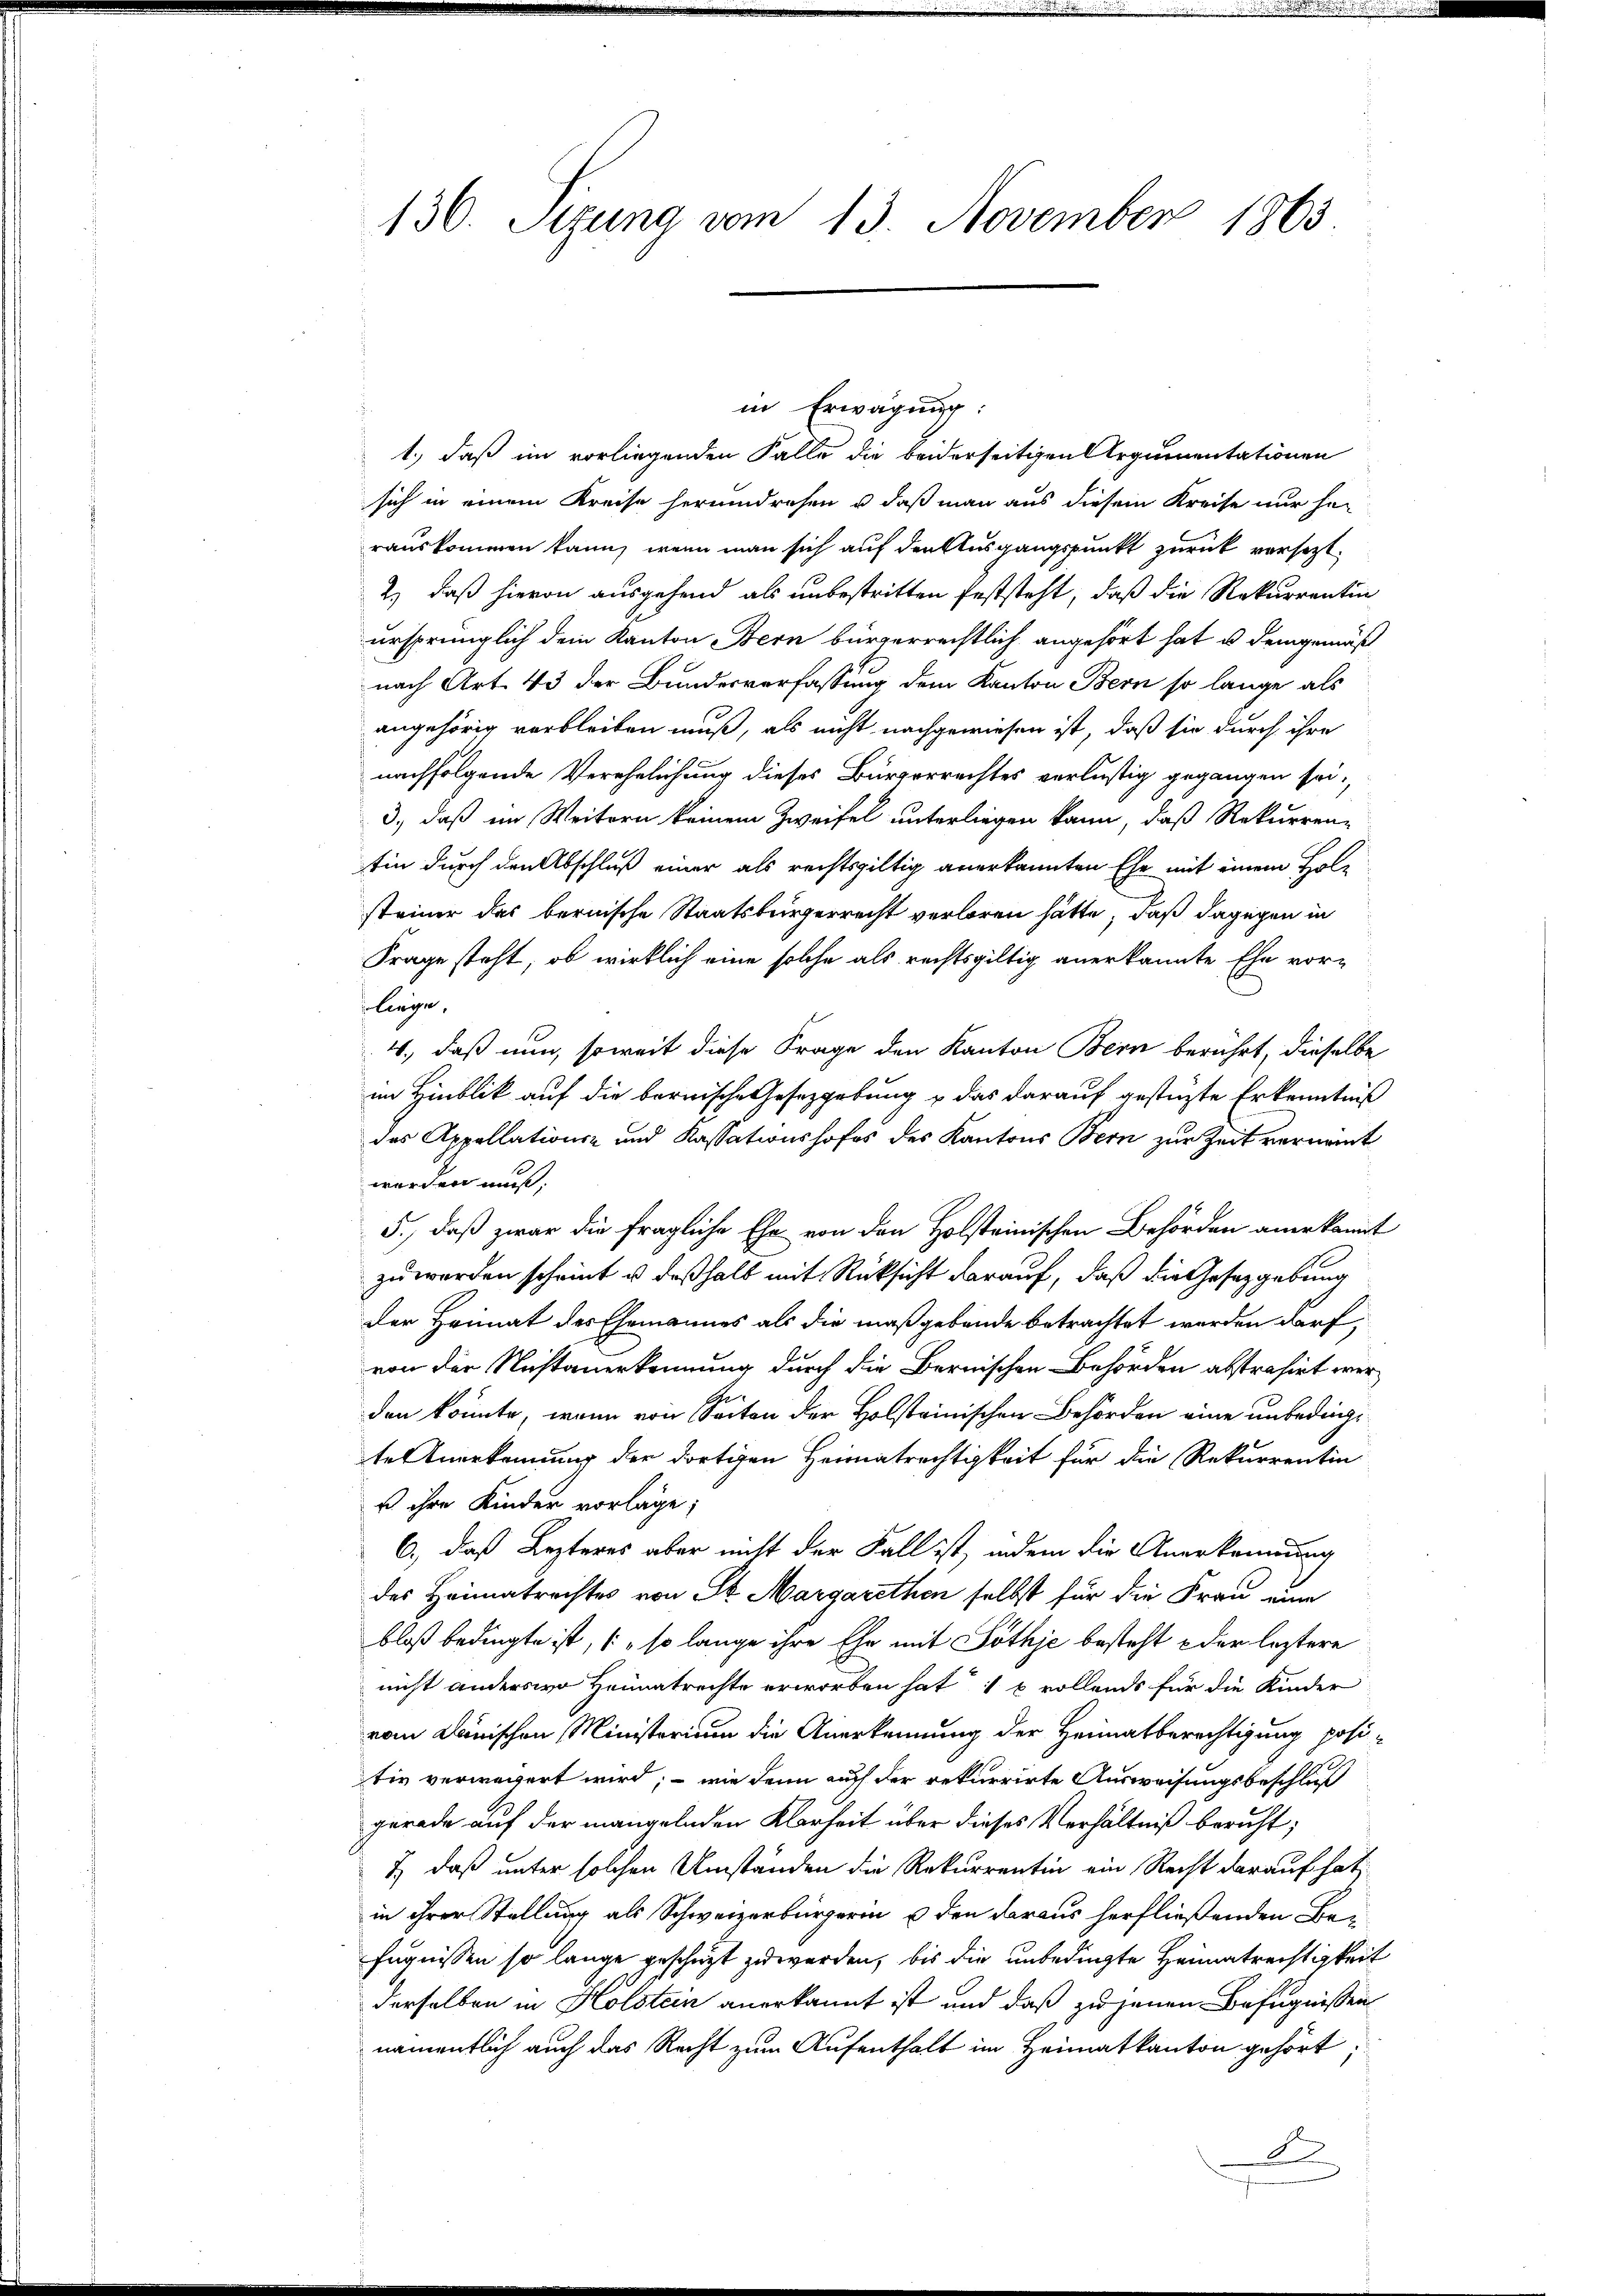
136. Sizung vom 13. November 1863

in Erwägung:
1., daß im vorliegenden Falle die beiderseitigen Argumentationen
sich in einem Kreise herumdresen u. daß man aus diesem Kreise nur her
rauskommen kann, wenn man sich auf den Ausgangspunkt zurück versezt.
2) daß hievon ausgehend als unbestritten feststeht, daß die Rekurrentin
ursprünglich dem Kanton Bern bürgerrechtlich angehört hat u. demgemäß
nach Art. 43 der Bundesverfassung dem Kanton Bern so lange als
angehörig verbleiben muß, als nicht nachgewiesen ist, daß sie durch ihre
nachfolgende Verehelichung dieses Bürgerrechtes verlustig gegangen sei,
3), daß im Weitern keinem Zweifel unterliegen kann, daß Rekurren-
tin durch den Abschluß einer als rechtsgültig anerkannten Ehe mit einem Holsteiner das bernische Staatsbürgerrecht verloren hätte, daß dagegen in
Frage steht, ob wirklich eine solche als rechtsgültig anerkannte Ehe vor-
 liege,
4., daß nun, soweit diese Frage den Kanton Bern berührt, dieselbe
im Hinblik auf die bernische Gesetzgebung & das darauf gestüzte Erkenntniß
des Appellations- und Kassationshofes des Kantons Bern zur Zeit vernannt
werden muß,
5., daß zwar die fragliche Ehe von den Holsteinischen Behörden anerkannt
zu werden scheint u deßhalb mit Rücksicht darauf, daß die Gesetzgebung
Der Heimat des Ehemannes als die maßgebende betrachtet werden darf,
von der Nichtanerkennung durch die Bernischen Behörden abstrahirt werden könnte, wenn von Seiten der Holsteinischen Behörden eine unbedingte Anerkennung der dortigen Heimatrechtigkeit für die Rekurrentin
s ihre Kinder vorlage;
6.) daß Lezteres aber nicht der Fall ist, indem die Anerkennung
des Heimatrechtes von St. Margarethen selbst für die Frau eine
bloß bedingte ist, (so lange ihre Ehe mit Pothje besteht der leztere
nicht anderswo Heimatrechte erworben hat u vollends für die Kinder
vom Denischen Ministerium die Anerkennung der Heimatberechtigung positiv verwegert wird, – wie dann auch der rekurrirte Ausweisungsbeschluß
gerade auf der mangelnden Klarheit über dieses Verhältniß beruht;
1) daß unter solchen Umständen die Rekurrentin ein Recht darauf hat
in ihrer Stellung als Schweizerbürgerin u den daraus herfließenden Be-
fugnissen so lange geschüzt zu werden, bis die unbedingte Heimatrechtigkeit
derselben in Holstein anerkannt ist und daß zu jenen Befugnissen
namentlich auch das Recht zum Aufenthalt im Heimatkanton gehört;
d